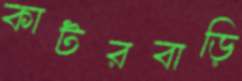
কাটরবাড়ি